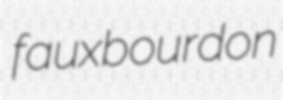
fauxbourdon